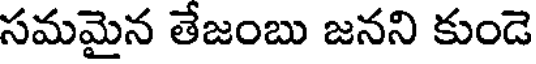
సమమైన తేజంబు జనని కుండె